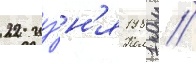
22 иу́н'я 1981 /